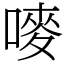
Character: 嘜